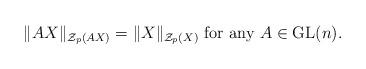
LaTeX: \begin{align*}\|AX\|_{{\cal Z}_p(AX)}=\|X\|_{{\cal Z}_p(X)}\mbox{ for any }A\in \mathrm{GL}(n).\end{align*}